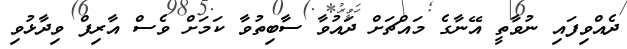
ދެއްވިފައި ނުވާތީ އޭނާގެ މައްޗަށް ދައުވާ ސާބިތުވާ ކަމަށް ވެސް އާރިފް ވިދާޅުވި